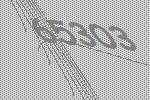
65303